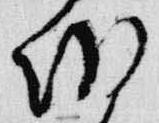
朝